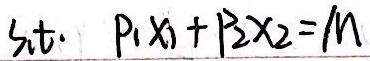
s.t. \(p_1x_1 + p_2x_2=m\)